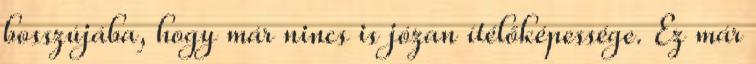
bosszújába, hogy már nincs is józan ítélőképessége. Ez már